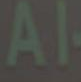
Al